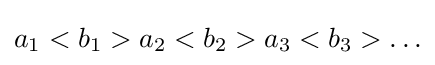
a_{1}<b_{1}>a_{2}<b_{2}>a_{3}<b_{3}>\ldots